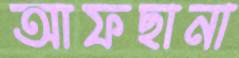
আফছানা